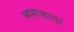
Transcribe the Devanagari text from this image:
म्हसोबाचा